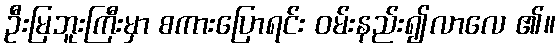
ဦးမြဘူးကြီးမှာ စကားပြောရင်း ဝမ်းနည်း၍လာလေ ၏။